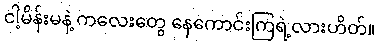
ငါ့မိန်းမနဲ့ ကလေးတွေ နေကောင်းကြရဲ့လားဟိတ်။